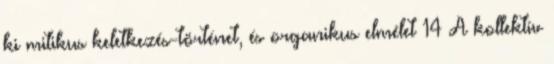
ki mitikus keletkezés-történet, és organikus elmélet 14 A kollektív